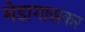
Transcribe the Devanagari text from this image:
मेडागासकर